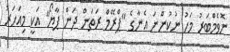
ނޮވެމްބަރު މަހު ނުކުންނަ އެނާގެ "ޕްރޭމް ރަތަން ދަން ޕާޔޯ" އަކީ މިއަހަރު